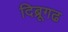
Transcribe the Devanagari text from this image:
दिब्रूगढ